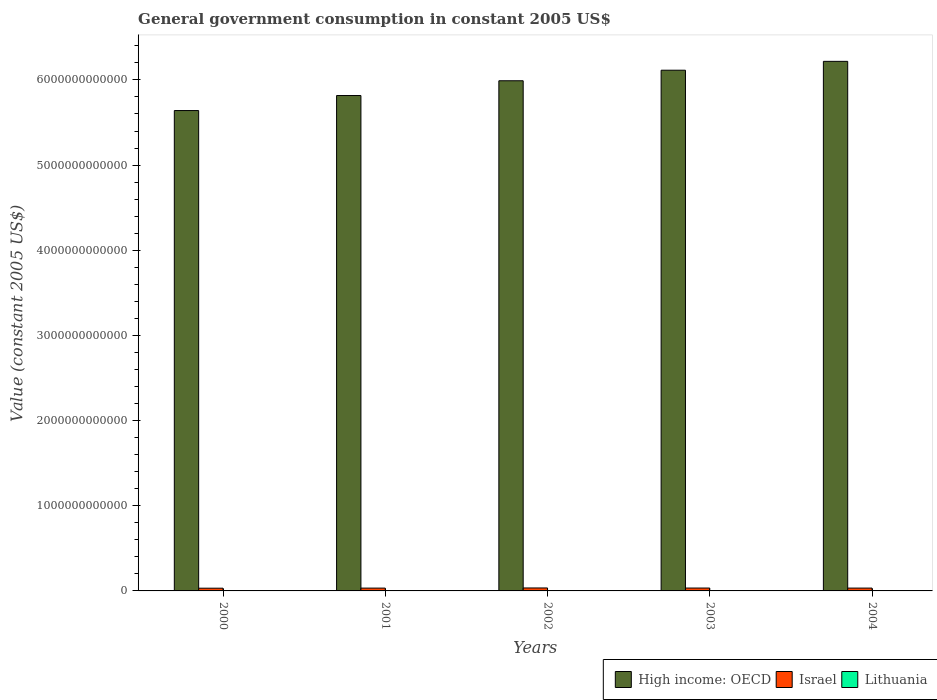
| Years | High income: OECD | Israel | Lithuania |
 | --- | --- | --- | --- |
 | 2000 | 5.64e+12 | 3.19e+10 | 4.14e+09 |
 | 2001 | 5.82e+12 | 3.31e+10 | 4.21e+09 |
 | 2002 | 5.99e+12 | 3.48e+10 | 4.29e+09 |
 | 2003 | 6.11e+12 | 3.38e+10 | 4.43e+09 |
 | 2004 | 6.22e+12 | 3.33e+10 | 4.61e+09 |